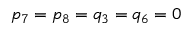
p _ { 7 } = p _ { 8 } = q _ { 3 } = q _ { 6 } = 0